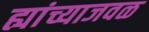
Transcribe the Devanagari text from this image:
ह्यांच्याजवळ